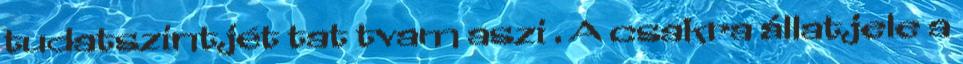
tudatszintjét tat tvam aszi . A csakra állatjele a